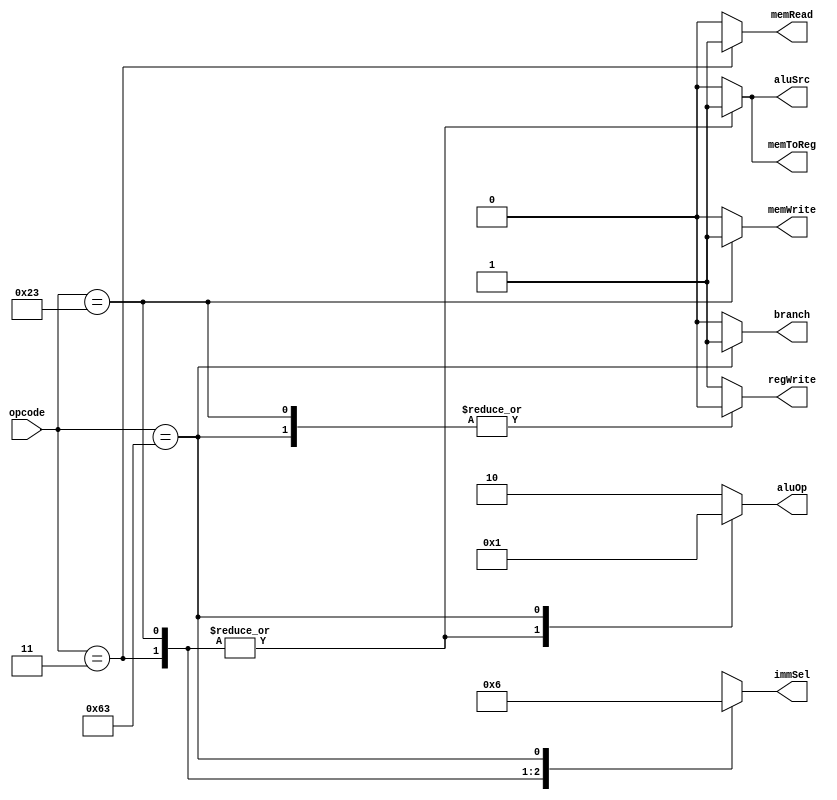
module controlUnit (
  
  input wire [6:0] opcode,

  output reg [1:0] immSel,
  output reg [1:0] aluOp,
  output reg regWrite,
  output reg memToReg,
  output reg aluSrc, 
  output reg memRead, memWrite, 
  output reg branch  
);

//opcodes
localparam [6:0] R_type = 7'b0110011, I_type = 7'b0000011, S_type = 7'b0100011, B_type = 7'b1100011;

always @(*)
  begin
    case(opcode)
      R_type:
        begin
          regWrite = 1'b1;
          aluSrc = 1'b0;
          immSel = 2'bxx;
          aluOp = 2'b10;
          memToReg = 1'b0;
          memWrite = 1'b0;
          memRead = 1'b0;
          branch = 1'b0;
        end 

      I_type:
        begin
          regWrite = 1'b1;
          aluSrc = 1'b1;
          immSel = 2'b00;
          aluOp = 2'b00;
          memToReg = 1'b1;
          memWrite = 1'b0;
          memRead = 1'b1;
          branch = 1'b0;
        end

      S_type:
        begin 
          regWrite = 1'b0;
          aluSrc = 1'b1;
          immSel = 2'b01;
          aluOp = 2'b00;
          memToReg = 1'b1;
          memWrite = 1'b1;
          memRead = 1'b0;
          branch = 1'b0;
        end 

      B_type:
        begin 
          regWrite = 1'b0;
          aluSrc = 1'b0;
          immSel = 2'b10;
          aluOp = 2'b01;
          memToReg = 1'b0;
          memWrite = 1'b0;
          memRead = 1'b0;
          branch = 1'b1;
        end 

      default:
        begin
          regWrite = 1'b1;
          aluSrc = 1'b0;
          immSel = 2'bxx;
          aluOp = 2'b10;
          memToReg = 1'b0;
          memWrite = 1'b0;
          memRead = 1'b0;
          branch = 1'b0; 
        end
    endcase // opcode
  end 
  
endmodule